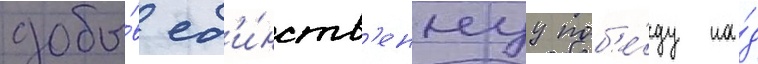
добы́в ед'и́нств'еннуу поб'е́ду на́д